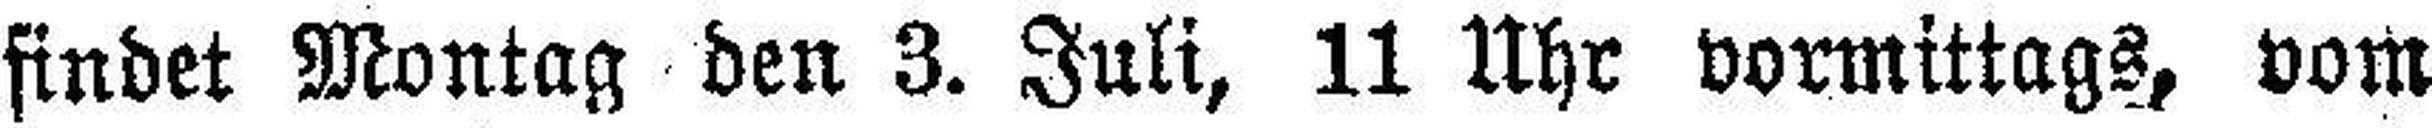
findet Montag den 3. Juli, 11 Uhr vormittags, vom